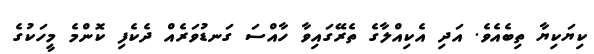
ކިޔަކިޔާ ތިބެއެވެ. އަދި އެކިއްލާގެ ތެރޭގައިވާ ހާއްސަ ގަނޑުވަރެއް ދެކެފި ކޮންމެ މީހަކުގެ